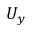
U _ { y }